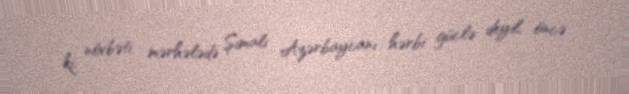
ki, növbəti mərhələdə Şimali Azərbaycanı hərbi güclə deyil, öncə